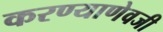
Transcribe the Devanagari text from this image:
करण्याणेवजी